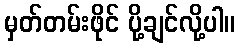
မှတ်တမ်းဖိုင် ပို့ချင်လို့ပါ။